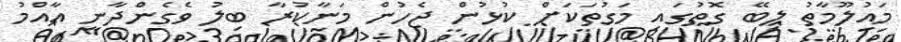
މައުލޫމާތު ލިބޭ ގޮތުގައި މަގުތަކަށް ކުޅުން ޖެހުން މަނާކުރާ ބިލު ވެގެންދާނީ އާއްމު